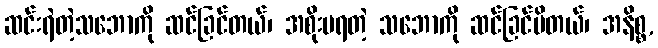
ဆင်းရဲတဲ့သဘောကို ဆင်ခြင်တယ်၊ အစိုးမရတဲ့ သဘောကို ဆင်ခြင်မိတယ်၊ အနိစ္စ,